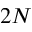
2 N